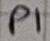
Text: P1